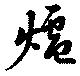
爐